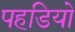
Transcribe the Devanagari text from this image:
पहडियो